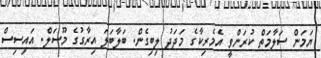
ޔަމަން ސަލާމަތް ކުރަންވީ އެމެރިކާގެ މަދަދު ލިބިގެން. ބަލާބަލަ އިރާގުގެ މޫސަލް. އައިސިސް